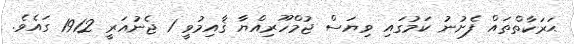
ޙަރަކާތްތައް ފެށުނު ކަމުގައި ވިޔަސް ޖުމްހޫރިއްޔާ ޤާއިމުވީ 1 ޖެނުއަރީ 1912 ގައެވެ.